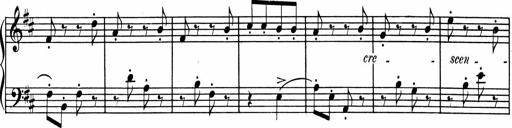
Title: 1Ã¨re Sonatine
Composer: FrÃ©dÃ©ric Binet